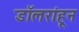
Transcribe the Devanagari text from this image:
डॉलरांहून